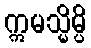
ဣမသ္မိမ္ပိ